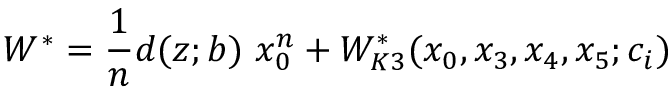
W ^ { \ast } = \frac { 1 } { n } d ( z ; b ) ~ x _ { 0 } ^ { n } + W _ { K 3 } ^ { \ast } ( x _ { 0 } , x _ { 3 } , x _ { 4 } , x _ { 5 } ; c _ { i } )